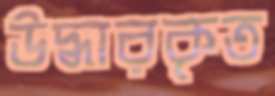
উদ্ধারকৃত